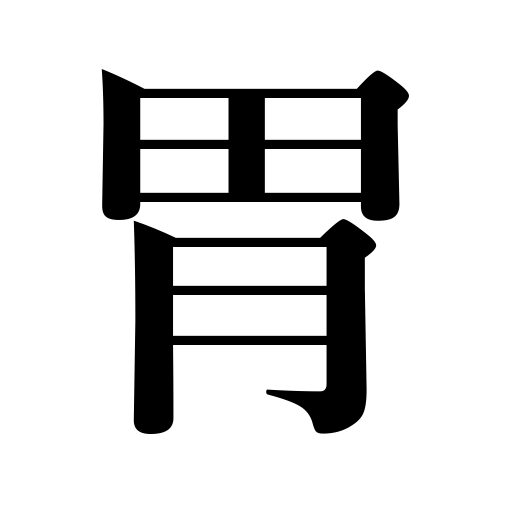
Meanings: stomach,craw,crop,paunch